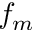
f _ { m }